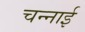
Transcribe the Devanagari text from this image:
चन्नाई